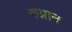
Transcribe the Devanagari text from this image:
रुग्नान